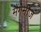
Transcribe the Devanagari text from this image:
मैंगेनीज